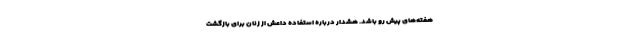
هفته‌های پیش رو باشد. هشدار درباره استفاده داعش از زنان برای بازگشت